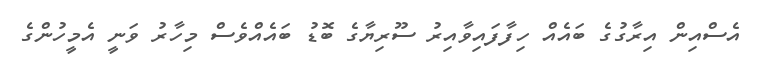
އެސްއިން އިރާގުގެ ބައެއް ހިފާފައިވާއިރު ސޫރިޔާގެ ބޮޑު ބައެއްވެސް މިހާރު ވަނީ އެމީހުންގެ